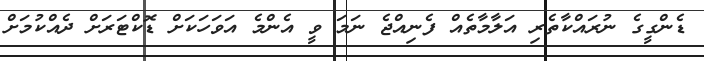
ޑެންގީގެ ނުރައްކާތެރި އަލާމާތެއް ފެނިއްޖެ ނަމަ ވީ އެންމެ އަވަހަކަށް ޑޮކްޓަރަށް ދެއްކުމަށް